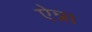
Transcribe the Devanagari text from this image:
ऐन्ना